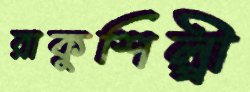
রাকুশিল্পী